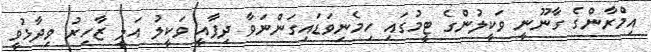
އިމްރާންގެ ގާނޫނީ ވަކީލުންގެ ޓީމުގައި ހިމެނިވަޑައިގަންނަވާ ދިފާއީ ވަކީލު އަލީ ޒާހިރު ވިދާޅުވީ